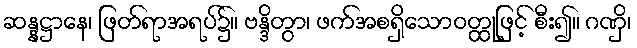
ဆန္နဋ္ဌာနေ၊ ဖြတ်ရာအရပ်၌။ ဗန္ဒိတွာ၊ ဖက်အစရှိသောဝတ္ထုဖြင့် စီး၍။ ဂဏှိ၊